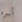
أسره